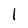
Character: I